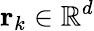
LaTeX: {\mathbf r}_{k}\in\mathbb{R}^{d}